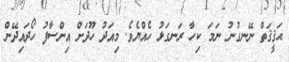
ޙަޤީޤަތް ނޭނގުނު ނަމަ ކިހާ ރަނގަޅު ހެއްޔެވެ. މިއަދު ހޫދަށް އިންސާފު ހޯދައިދޭން